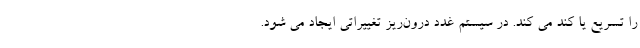
را تسریع یا کند می کند. در سیستم غدد درون‌ریز تغییراتی ایجاد می شود.